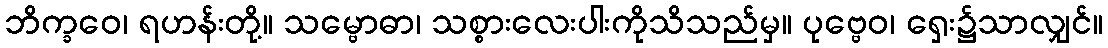
ဘိက္ခဝေ၊ ရဟန်းတို့။ သမ္ဗောဓာ၊ သစ္စားလေးပါးကိုသိသည်မှ။ ပုဗ္ဗေဝ၊ ရှေး၌သာလျှင်။